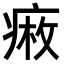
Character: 𤷠